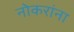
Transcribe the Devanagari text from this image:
नोकरांना